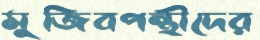
মুজিবপন্থীদের